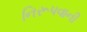
નિરૂપવાની